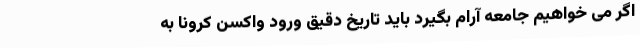
اگر می خواهیم جامعه آرام بگیرد باید تاریخ دقیق ورود واکسن کرونا به